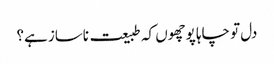
دل تو چاہا پوچھوں کہ طبیعت ناساز ہے؟